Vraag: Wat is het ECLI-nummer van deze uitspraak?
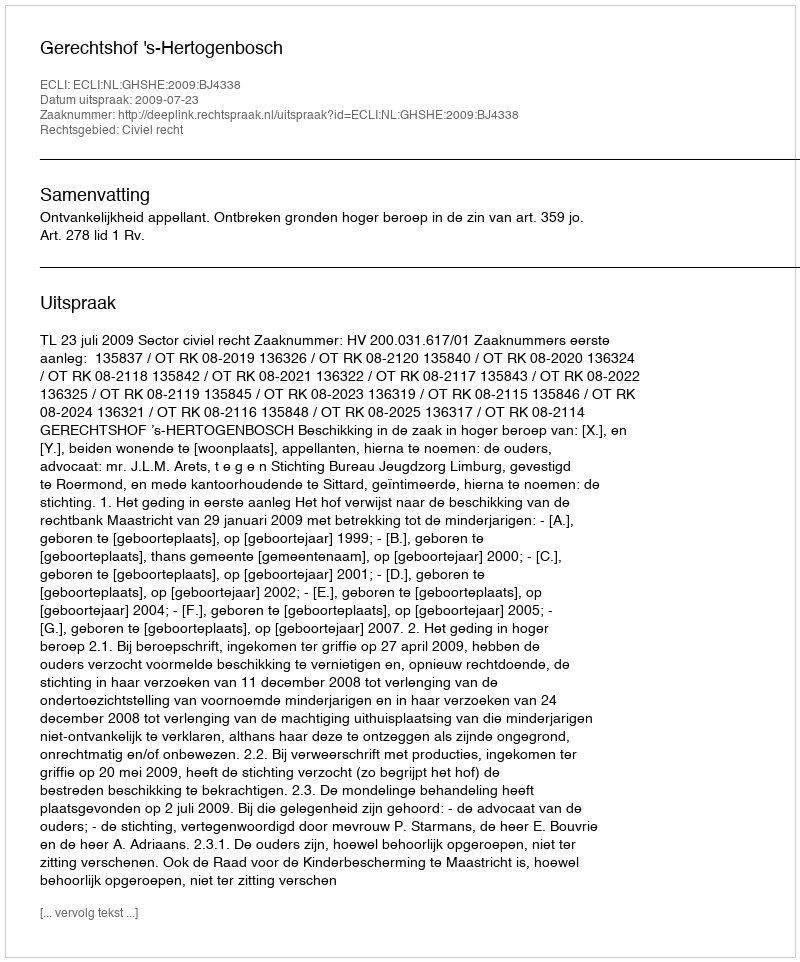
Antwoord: ECLI:NL:GHSHE:2009:BJ4338